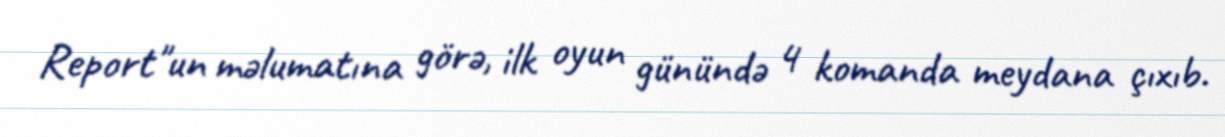
Report"un məlumatına görə, ilk oyun günündə 4 komanda meydana çıxıb.